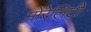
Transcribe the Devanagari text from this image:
मोरेलिटी